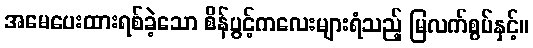
အမေပေးထားရစ်ခဲ့သော စိန်ပွင့်ကလေးများရံသည့် မြလက်စွပ်နှင့်။